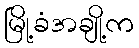
မြို့ခံအချို့က